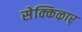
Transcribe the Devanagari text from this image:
सेक्किऴार्